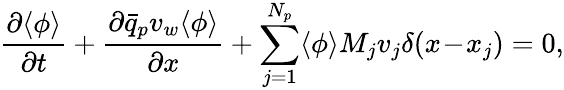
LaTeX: \frac{\partial\langle\phi\rangle}{\partial t}+\frac{\partial\bar{q}_{p}v_{w}\langle\phi\rangle}{\partial x}+\sum_{j=1}^{N_{p}}\langle\phi\rangle M_{j}v_{j}\delta(x\! -\! x_{j})=0,